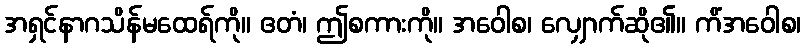
အရှင်နာဂသိန်မထေရ်ကို။ ဧတံ၊ ဤစကားကို။ အဝေါစ၊ လျှောက်ဆို၏။ ကိံအဝေါစ၊